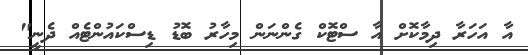
އާ އަހަރާ ދިމާކޮށް އާ ސްޓޮކް ގެންނަން މިހާރު ބޮޑު ޑިސްކައުންޓެއް ދެނީ"